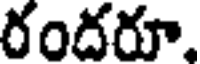
రందరూ,